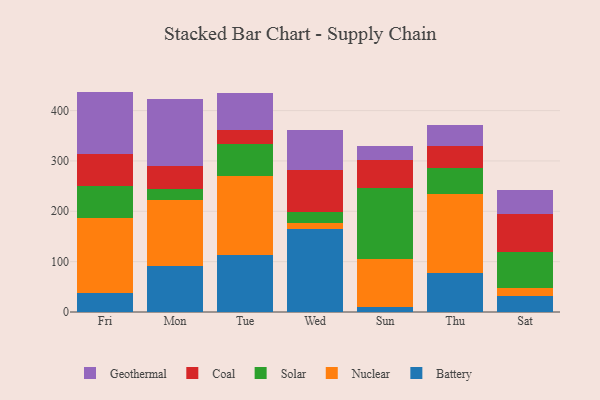
{"axis": {"x": "Day", "y": "Energy Usage (MWh)"}, "legend": ["Battery", "Coal", "Geothermal", "Nuclear", "Solar"], "data": [{"x": "Fri", "y": 37.0, "type": "Battery"}, {"x": "Fri", "y": 150.1, "type": "Nuclear"}, {"x": "Fri", "y": 62.8, "type": "Solar"}, {"x": "Fri", "y": 64.8, "type": "Coal"}, {"x": "Fri", "y": 123.0, "type": "Geothermal"}, {"x": "Mon", "y": 91.5, "type": "Battery"}, {"x": "Mon", "y": 131.8, "type": "Nuclear"}, {"x": "Mon", "y": 21.7, "type": "Solar"}, {"x": "Mon", "y": 45.0, "type": "Coal"}, {"x": "Mon", "y": 132.5, "type": "Geothermal"}, {"x": "Tue", "y": 113.0, "type": "Battery"}, {"x": "Tue", "y": 156.7, "type": "Nuclear"}, {"x": "Tue", "y": 64.6, "type": "Solar"}, {"x": "Tue", "y": 26.9, "type": "Coal"}, {"x": "Tue", "y": 74.7, "type": "Geothermal"}, {"x": "Wed", "y": 164.2, "type": "Battery"}, {"x": "Wed", "y": 11.7, "type": "Nuclear"}, {"x": "Wed", "y": 22.9, "type": "Solar"}, {"x": "Wed", "y": 82.4, "type": "Coal"}, {"x": "Wed", "y": 80.4, "type": "Geothermal"}, {"x": "Sun", "y": 9.7, "type": "Battery"}, {"x": "Sun", "y": 96.4, "type": "Nuclear"}, {"x": "Sun", "y": 140.6, "type": "Solar"}, {"x": "Sun", "y": 55.3, "type": "Coal"}, {"x": "Sun", "y": 28.0, "type": "Geothermal"}, {"x": "Thu", "y": 76.7, "type": "Battery"}, {"x": "Thu", "y": 158.1, "type": "Nuclear"}, {"x": "Thu", "y": 50.2, "type": "Solar"}, {"x": "Thu", "y": 43.9, "type": "Coal"}, {"x": "Thu", "y": 41.8, "type": "Geothermal"}, {"x": "Sat", "y": 32.0, "type": "Battery"}, {"x": "Sat", "y": 16.3, "type": "Nuclear"}, {"x": "Sat", "y": 70.0, "type": "Solar"}, {"x": "Sat", "y": 75.4, "type": "Coal"}, {"x": "Sat", "y": 48.7, "type": "Geothermal"}]}